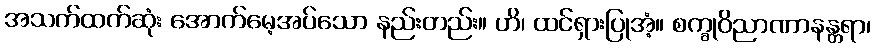
အသက်ထက်ဆုံး အောက်မေ့အပ်သော နည်းတည်း။ ဟိ၊ ထင်ရှားပြုအံ့။ စက္ခုဝိညာဏာနန္တရာ၊